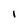
Character: I